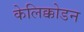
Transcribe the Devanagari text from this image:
केलिक्कोडन